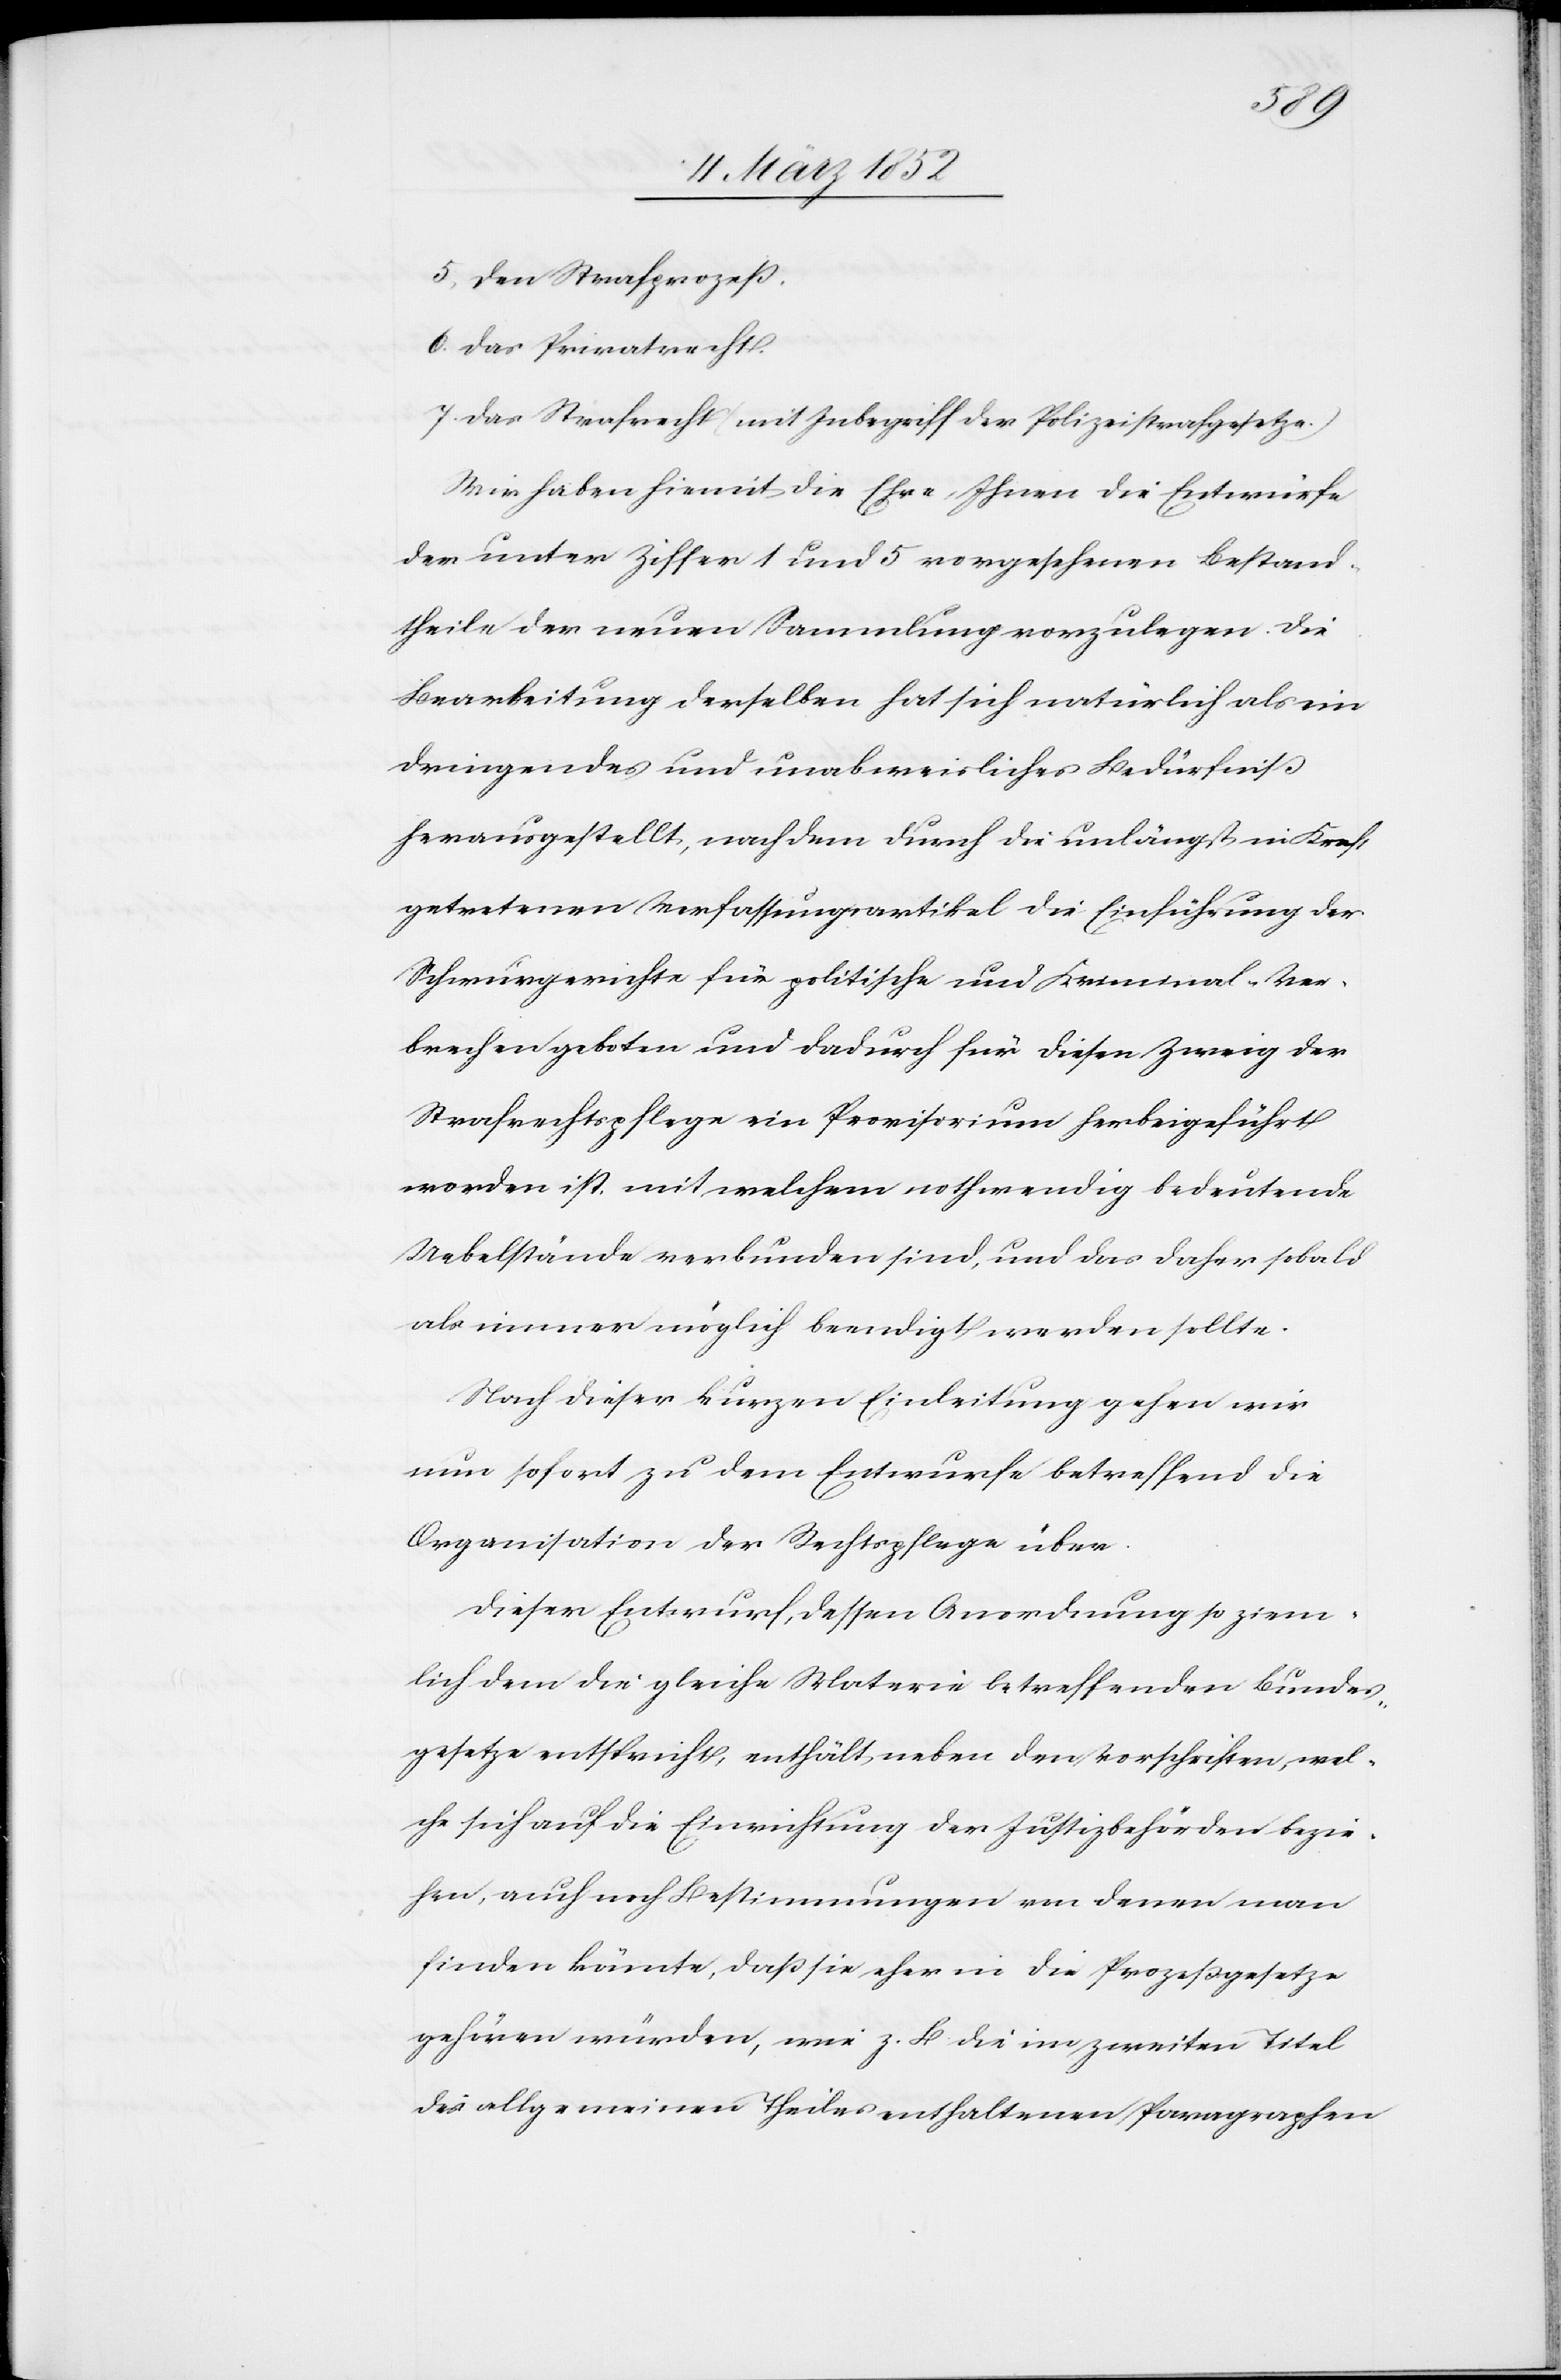
5. Den Strafprozeß.
6. Das Privatrecht.
7. Das Strafrecht (mit Inbegriff der Polizeistrafgesetze.)
Wir haben die Ehre, Ihnen die Entwürfe
der unter Ziffer 1 und 5 vorgesehenen Bestand¬
theile der neuen Sammlung vorzulegen. Die
Bearbeitung derselben hat sich natürlich als ein
dringendes und unabweisliches Bedürfniß
herausgestellt, nach dem durch die unlängst in Kraft
getretenen Verfassungsartikel die Einführung der
Schwurgerichte für politische und Kriminal-Ver¬
brechen geboten und dadurch für diesen Zweig der
Strafrechtspflege ein Provisorium herbeigeführt
worden ist, mit welchem nothwendig bedeutende
Uebelstände verbunden sind, und das daher sobald
als immer möglich beendigt werden sollte.
Nach dieser kurzen Einleitung gehen wir
nun sofort zu dem Entwurfe betreffend die
Organisation der Rechtspflege über.
Dieser Entwurf, dessen Anordnung so ziem¬
lich dem die gleiche Materie betreffenden Bundes¬
gesetze entspricht, enthält neben den Vorschriften, wel¬
che sich auf die Einrichtung der Justizbehörden bezie¬
hen, auch noch Bestimmungen von denen man
finden könnte, daß sie eher in die Prozeßgesetze
gehören würden, wie z. B. die im zweiten Titel
des allgemeinen Theiles enthaltenen Paragraphen